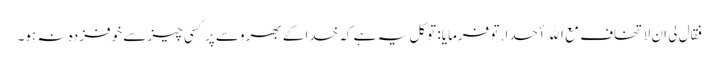
فقال لی ان لا تخاف مع الله أحدا. تو فرمایا: توکل یہ ہے کہ خدا کے بھروسے پر کسی چیز سے خوفزدہ نہ ہو۔